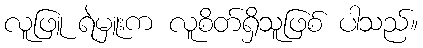
လူဖြူ ရဲမှူးက လူစိတ်ရှိသူဖြစ် ပါသည်။